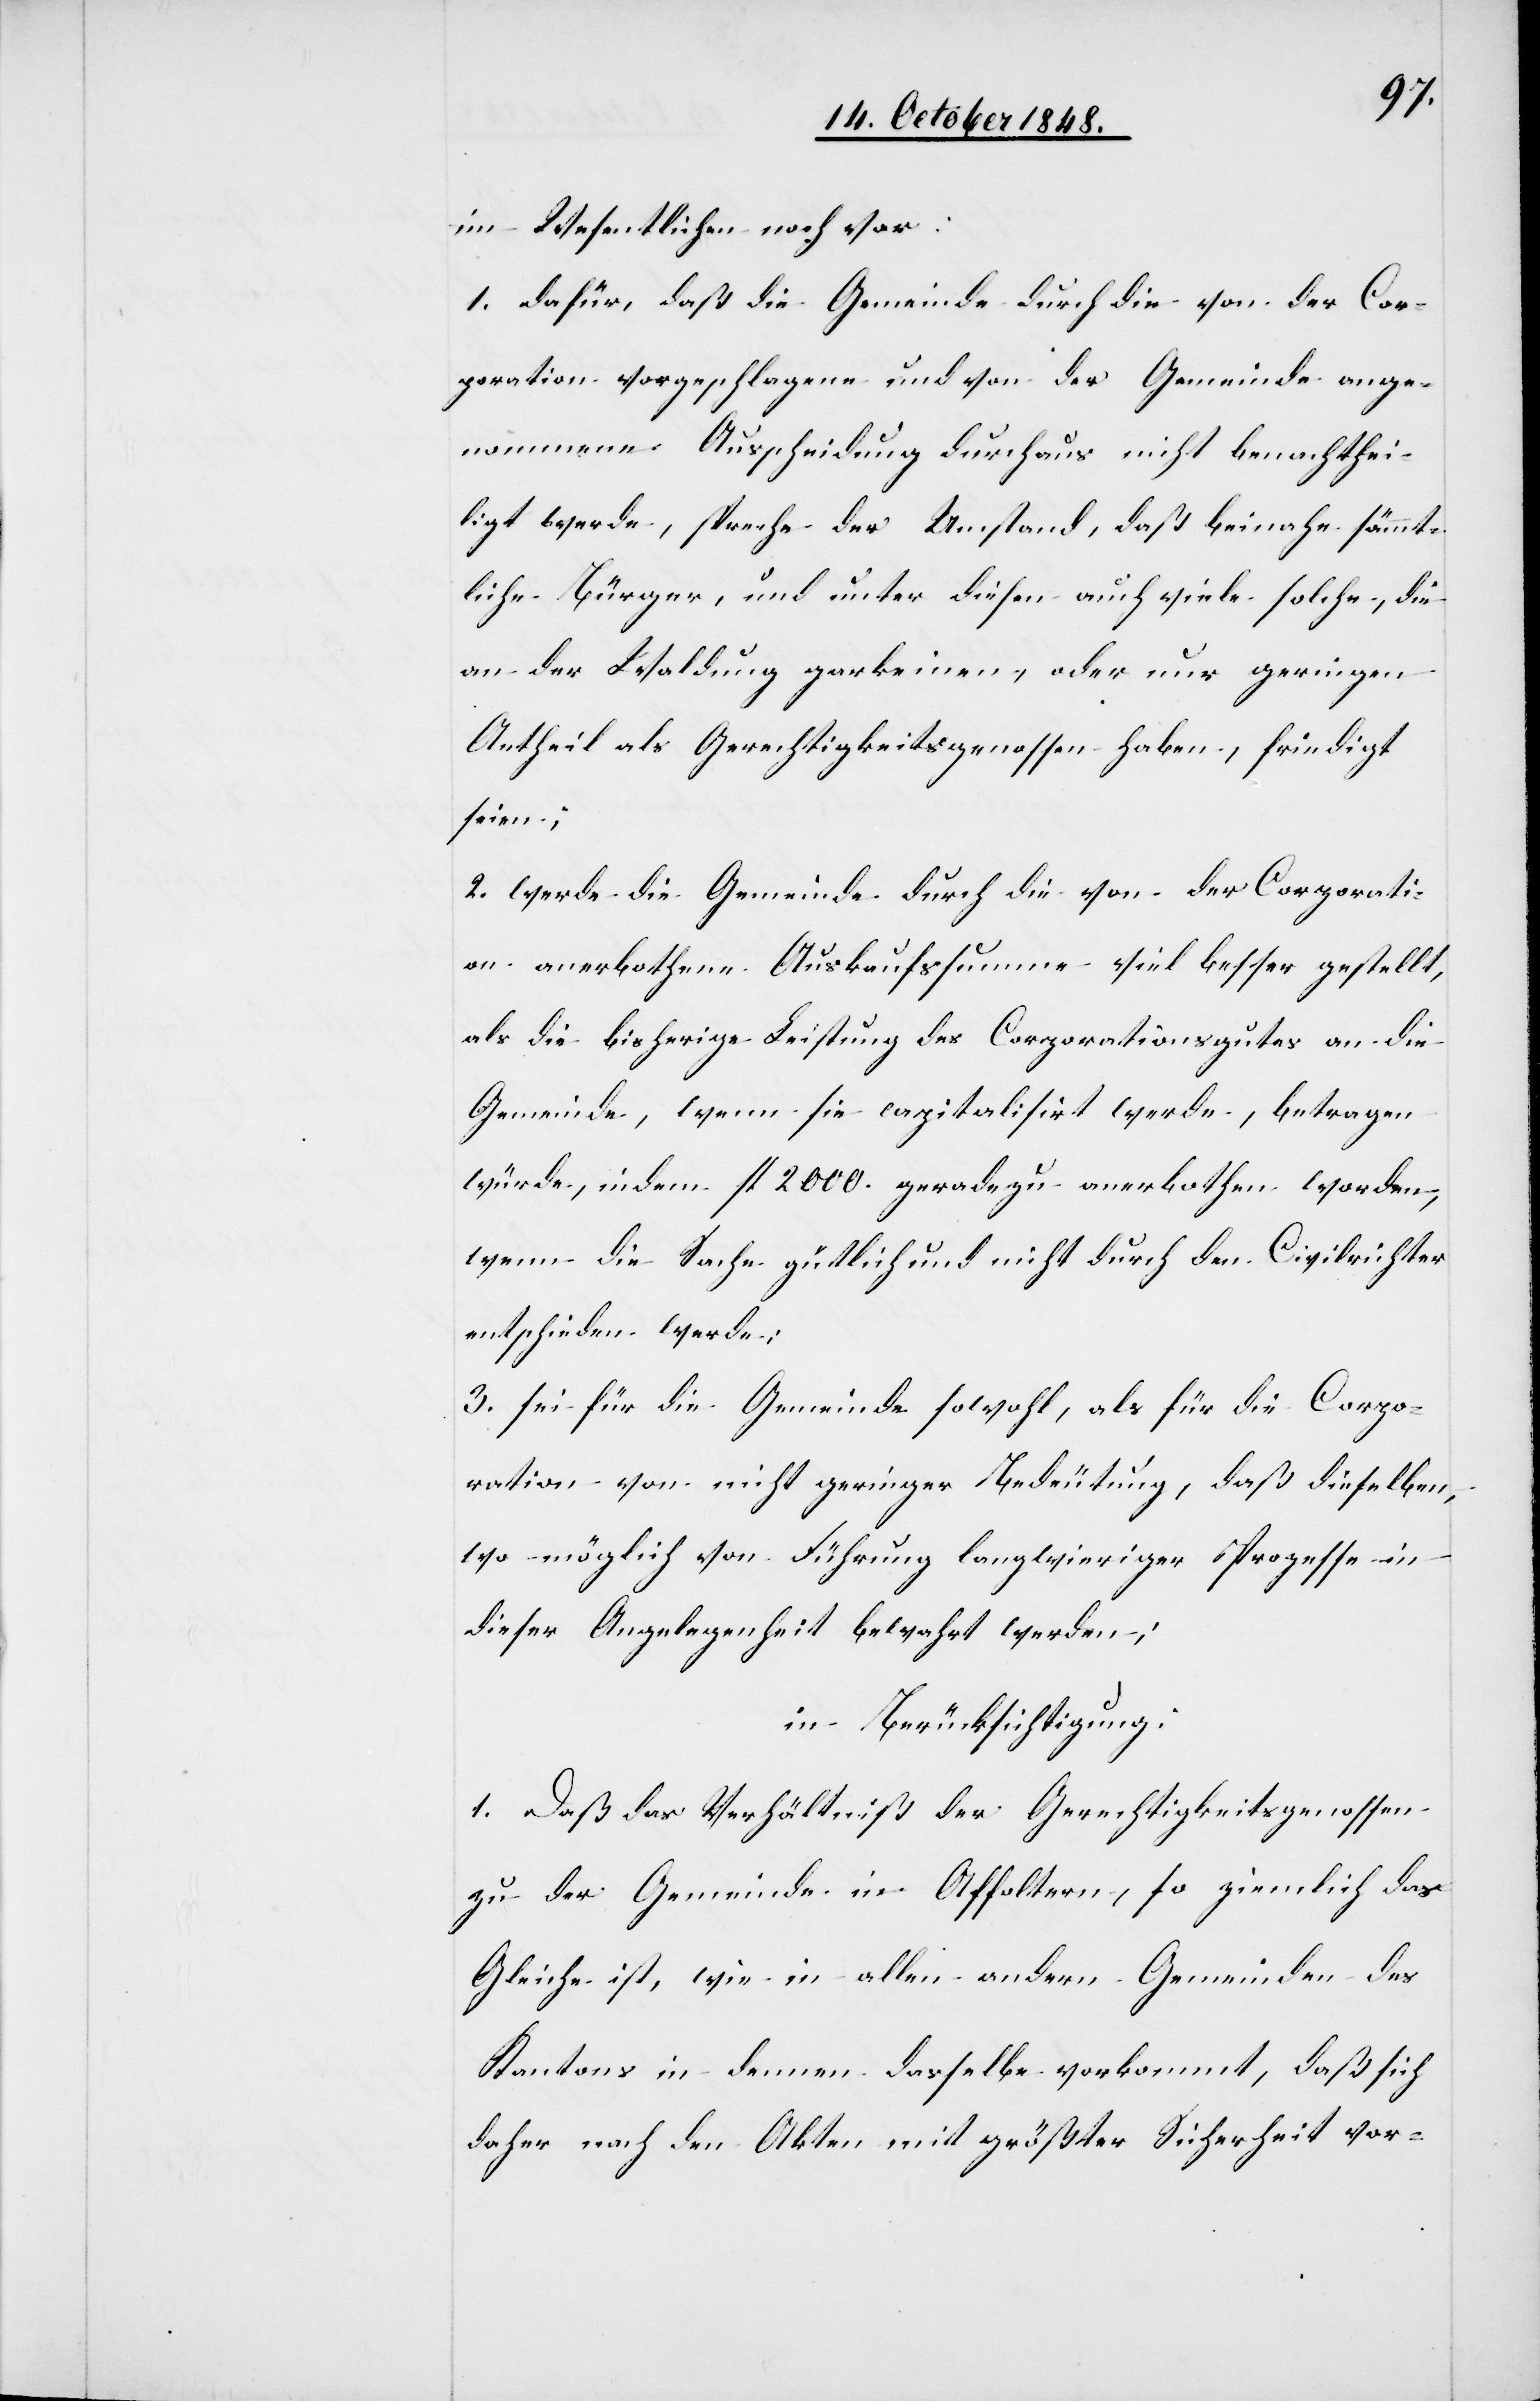
im Wesentlichen noch vor:
1. dafür, daß die Gemeinde durch die von der Cor¬
poration vorgeschlagene und von der Gemeinde ange¬
nommene Ausscheidung durchaus nicht benachthei¬
ligt werde, spreche der Umstand, daß beinahe sämmt¬
liche Bürger, und unter diesen auch viele solche, die
an der Waldung gar keinen, oder nur geringen
Antheil als Gerechtigkeitsgenossen haben, [be]friedigt
seien.
2. werde die Gemeinde durch die von der Corporati¬
on anerbothene Auskaufssumme viel besser gestellt,
als die bisherige Leistung des Corporationsgutes an die
Gemeinde, wenn sie capitalisirt werde, betragen
würde, indem fl. 2000. geradezu anerbothen worden,
wenn die Sache gütlich und nicht durch den Civilrichter
entschieden werde;
3. sei für die Gemeinde sowohl als für die Corpo¬
ration von nicht geringer Bedeutung, daß dieselben,
wo möglich von Führung langwieriger Prozesse in
dieser Angelegenheit bewahrt werden;
in Berücksichtigung:
1. Daß das Verhältniß der Gerechtigkeitsgenossen
zu der Gemeinde in Affoltern, so ziemlich das
Gleiche ist, wie in allen andern Gemeinden des
Kantons in dennen dasselbe vorkommt, daß sich
daher nach den Akten mit größter Sicherheit vor-